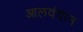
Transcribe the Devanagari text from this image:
आलवंदान